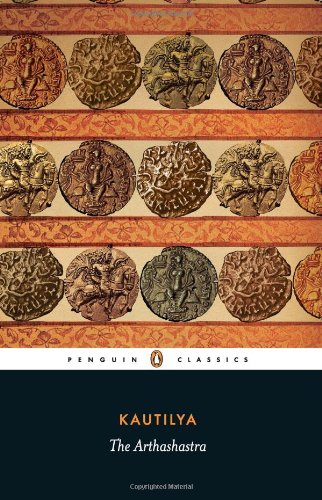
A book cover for The Arthashastra (Penguin classics); Kautilya; Literature & Fiction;